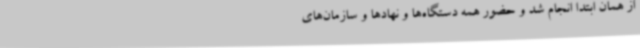
از همان ابتدا انجام شد و حضور همه دستگاه‌ها و نهادها و سازمان‌های